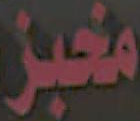
مخبز